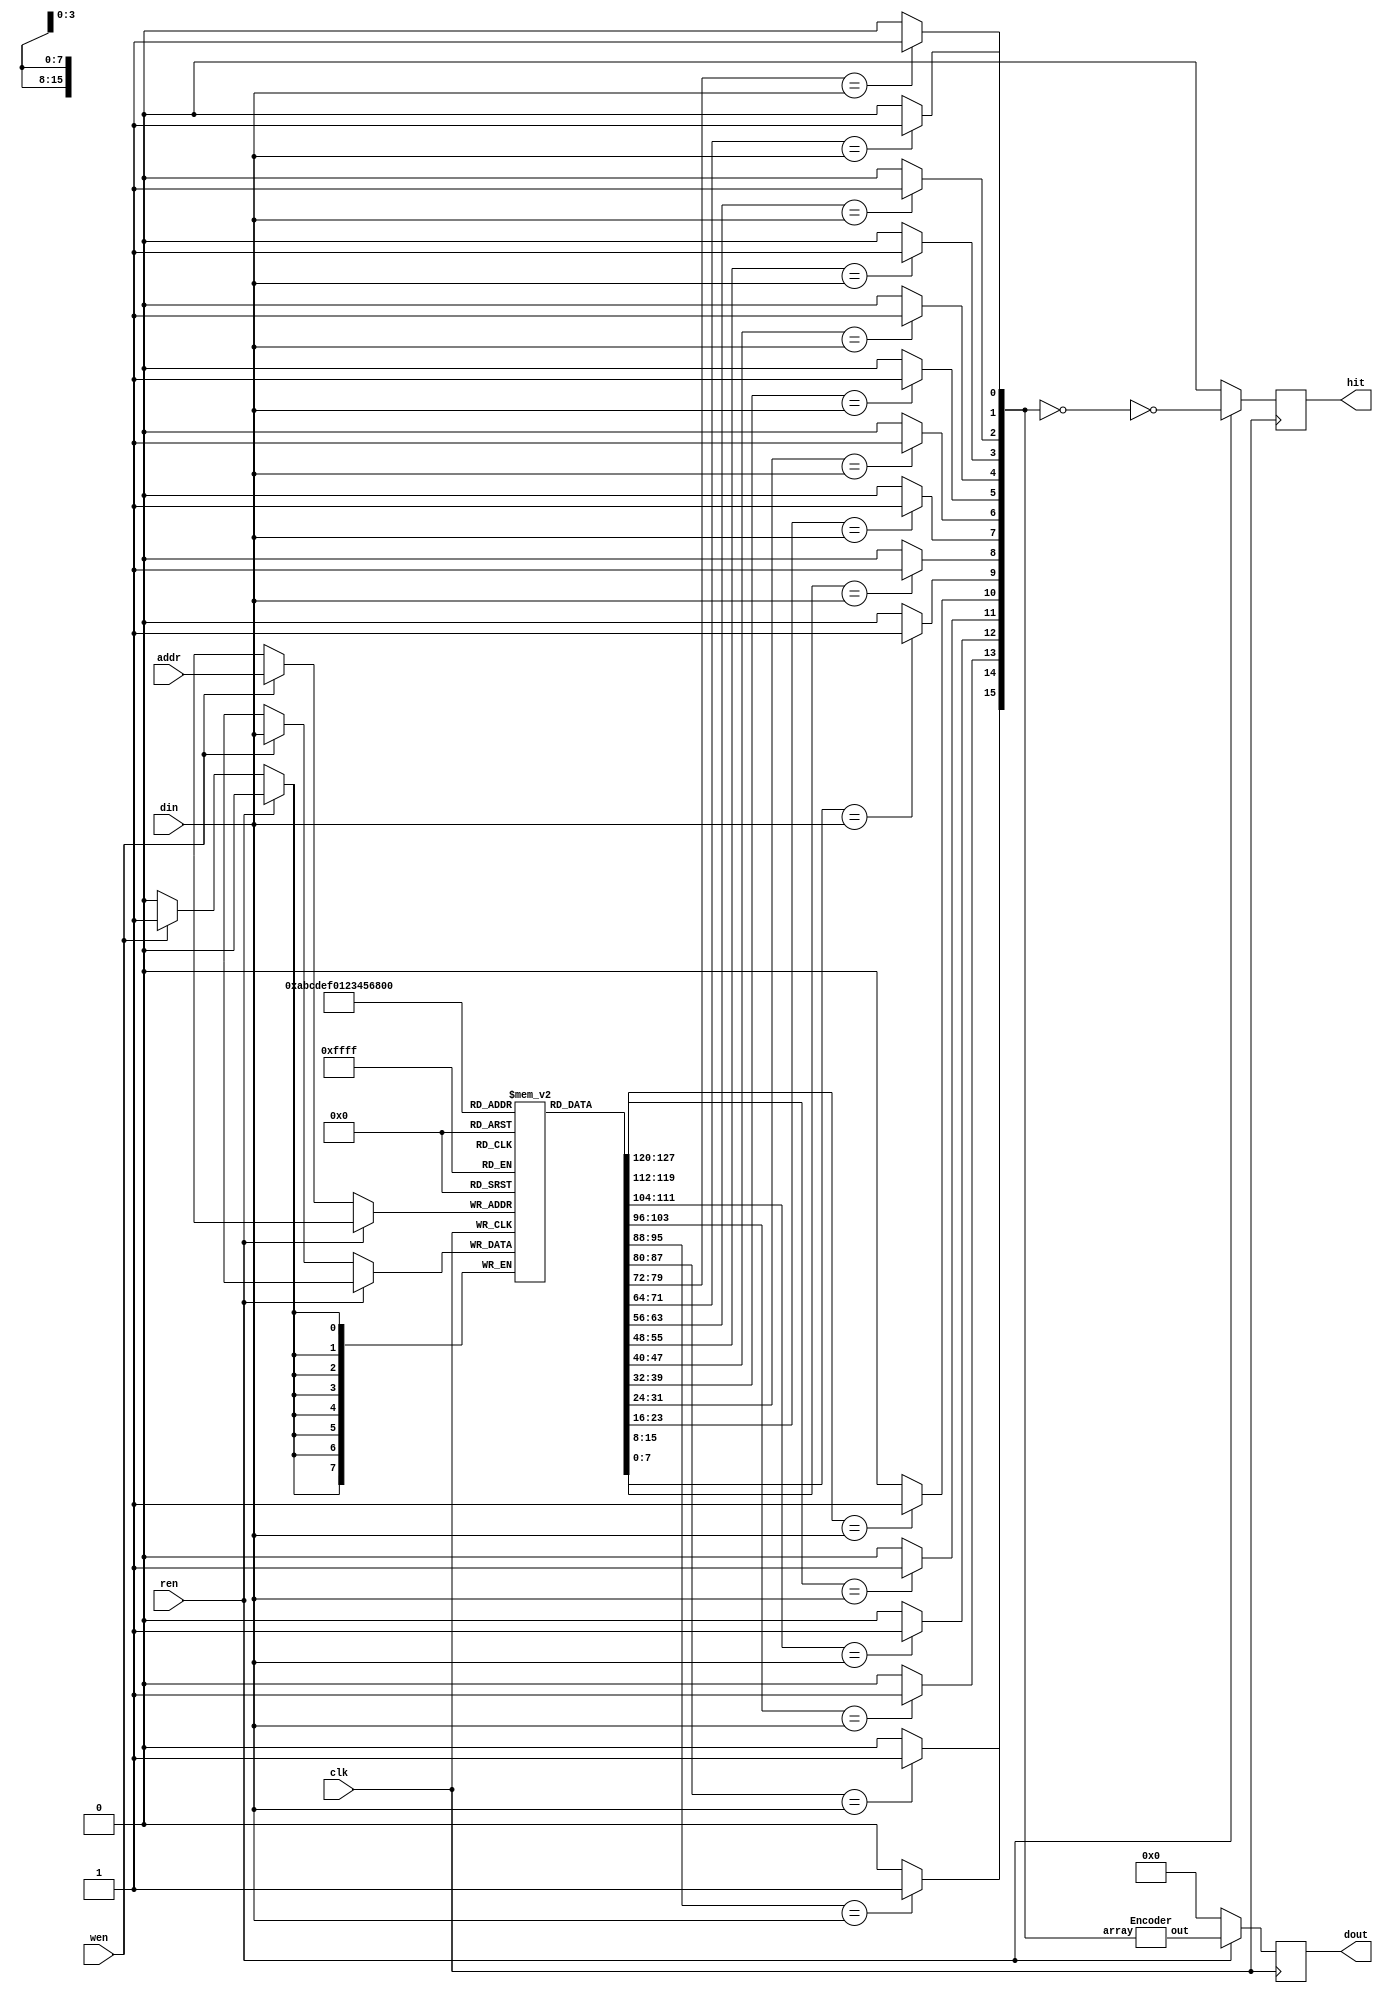
`timescale 1ns/1ps

module Content_Addressable_Memory(clk, wen, ren, din, addr, dout, hit);
input clk;
input wen, ren;
input [7:0] din;
input [3:0] addr;
output reg [3:0] dout;
output reg hit;
reg next_hit;
wire [3:0] out;
reg [8-1:0] store [16-1:0];
reg [16-1:0] array;

    Encoder encode(.array(array), .out(out));

    always@(posedge clk) begin
        if(ren == 1'b1) begin
            dout <= out;
            hit <= ~(array==16'd0);
        end
        else begin
            dout <= 4'b0;
            hit <= 1'b0;
            if(wen == 1'b1) begin
                store[addr] <= din;
            end
            else begin
                //don't do anything
            end
        end
    end

    always@(*) begin
        if(store[0] == din) begin
            array[0] = 1'b1;
        end
        else begin
            array[0] = 1'b0;
        end

        if(store[1] == din) begin
            array[1] = 1'b1;
        end
        else begin
            array[1] = 1'b0;
        end

        if(store[2] == din) begin
            array[2] = 1'b1;
        end
        else begin
            array[2] = 1'b0;
        end

        if(store[3] == din) begin
            array[3] = 1'b1;
        end
        else begin
            array[3] = 1'b0;
        end

        if(store[4] == din) begin
            array[4] = 1'b1;
        end
        else begin
            array[4] = 1'b0;
        end

        if(store[5] == din) begin
            array[5] = 1'b1;
        end
        else begin
            array[5] = 1'b0;
        end
        if(store[6] == din) begin
            array[6] = 1'b1;
        end
        else begin
            array[6] = 1'b0;
        end

        if(store[7] == din) begin
            array[7] = 1'b1;
        end
        else begin
            array[7] = 1'b0;
        end

        if(store[8] == din) begin
            array[8] = 1'b1;
        end
        else begin
            array[8] = 1'b0;
        end

        if(store[9] == din) begin
            array[9] = 1'b1;
        end
        else begin
            array[9] = 1'b0;
        end

        if(store[10] == din) begin
            array[10] = 1'b1;
        end
        else begin
            array[10] = 1'b0;
        end

        if(store[11] == din) begin
            array[11] = 1'b1;
        end
        else begin
            array[11] = 1'b0;
        end

        if(store[12] == din) begin
            array[12] = 1'b1;
        end
        else begin
            array[12] = 1'b0;
        end

        if(store[13] == din) begin
            array[13] = 1'b1;
        end
        else begin
            array[13] = 1'b0;
        end

        if(store[14] == din) begin
            array[14] = 1'b1;
        end
        else begin
            array[14] = 1'b0;
        end

        if(store[15] == din) begin
            array[15] = 1'b1;
        end
        else begin
            array[15] = 1'b0;
        end
    end

endmodule


module Encoder(array, out);
input [16-1:0] array;
output reg [3:0] out;

    always@(*) begin
        if(array > 16'b0000_0000_0000_0000 && array <= 16'b0000_0000_0000_0001) begin
            out = 4'd0;
        end
        else if(array > 16'b0000_0000_0000_0001 && array <= 16'b0000_0000_0000_0011) begin
            out = 4'd1;
        end
        else if(array > 16'b0000_0000_0000_0011 && array <= 16'b0000_0000_0000_0111) begin
            out = 4'd2;
        end
        else if(array > 16'b0000_0000_0000_0111 && array <= 16'b0000_0000_0000_1111) begin
            out = 4'd3;
        end
        else if(array > 16'b0000_0000_0000_1111 && array <= 16'b0000_0000_0001_1111) begin
            out = 4'd4;
        end
        else if(array > 16'b0000_0000_0001_1111 && array <= 16'b0000_0000_0011_1111) begin
            out = 4'd5;
        end
        else if(array > 16'b0000_0000_0011_1111 && array <= 16'b0000_0000_0111_1111) begin
            out = 4'd6;
        end
        else if(array > 16'b0000_0000_0111_1111 && array <= 16'b0000_0000_1111_1111) begin
            out = 4'd7;
        end
        else if(array > 16'b0000_0000_1111_1111 && array <= 16'b0000_0001_1111_1111) begin
            out = 4'd8;
        end
        else if(array > 16'b0000_0001_1111_1111 && array <= 16'b0000_0011_1111_1111) begin
            out = 4'd9;
        end
        else if(array > 16'b0000_0011_1111_1111 && array <= 16'b0000_0111_1111_1111) begin
            out = 4'd10;
        end
        else if(array > 16'b0000_0111_1111_1111 && array <= 16'b0000_1111_1111_1111) begin
            out = 4'd11;
        end
        else if(array > 16'b0000_1111_1111_1111 && array <= 16'b0001_1111_1111_1111) begin
            out = 4'd12;
        end
        else if(array > 16'b0001_1111_1111_1111 && array <= 16'b0011_1111_1111_1111) begin
            out = 4'd13;
        end
        else if(array > 16'b0011_1111_1111_1111 && array <= 16'b0111_1111_1111_1111) begin
            out = 4'd14;
        end
        else if(array > 16'b0111_1111_1111_1111 && array <= 16'b1111_1111_1111_1111) begin
            out = 4'd15;
        end
        else begin
            out = 4'd0;
        end
    end



endmodule